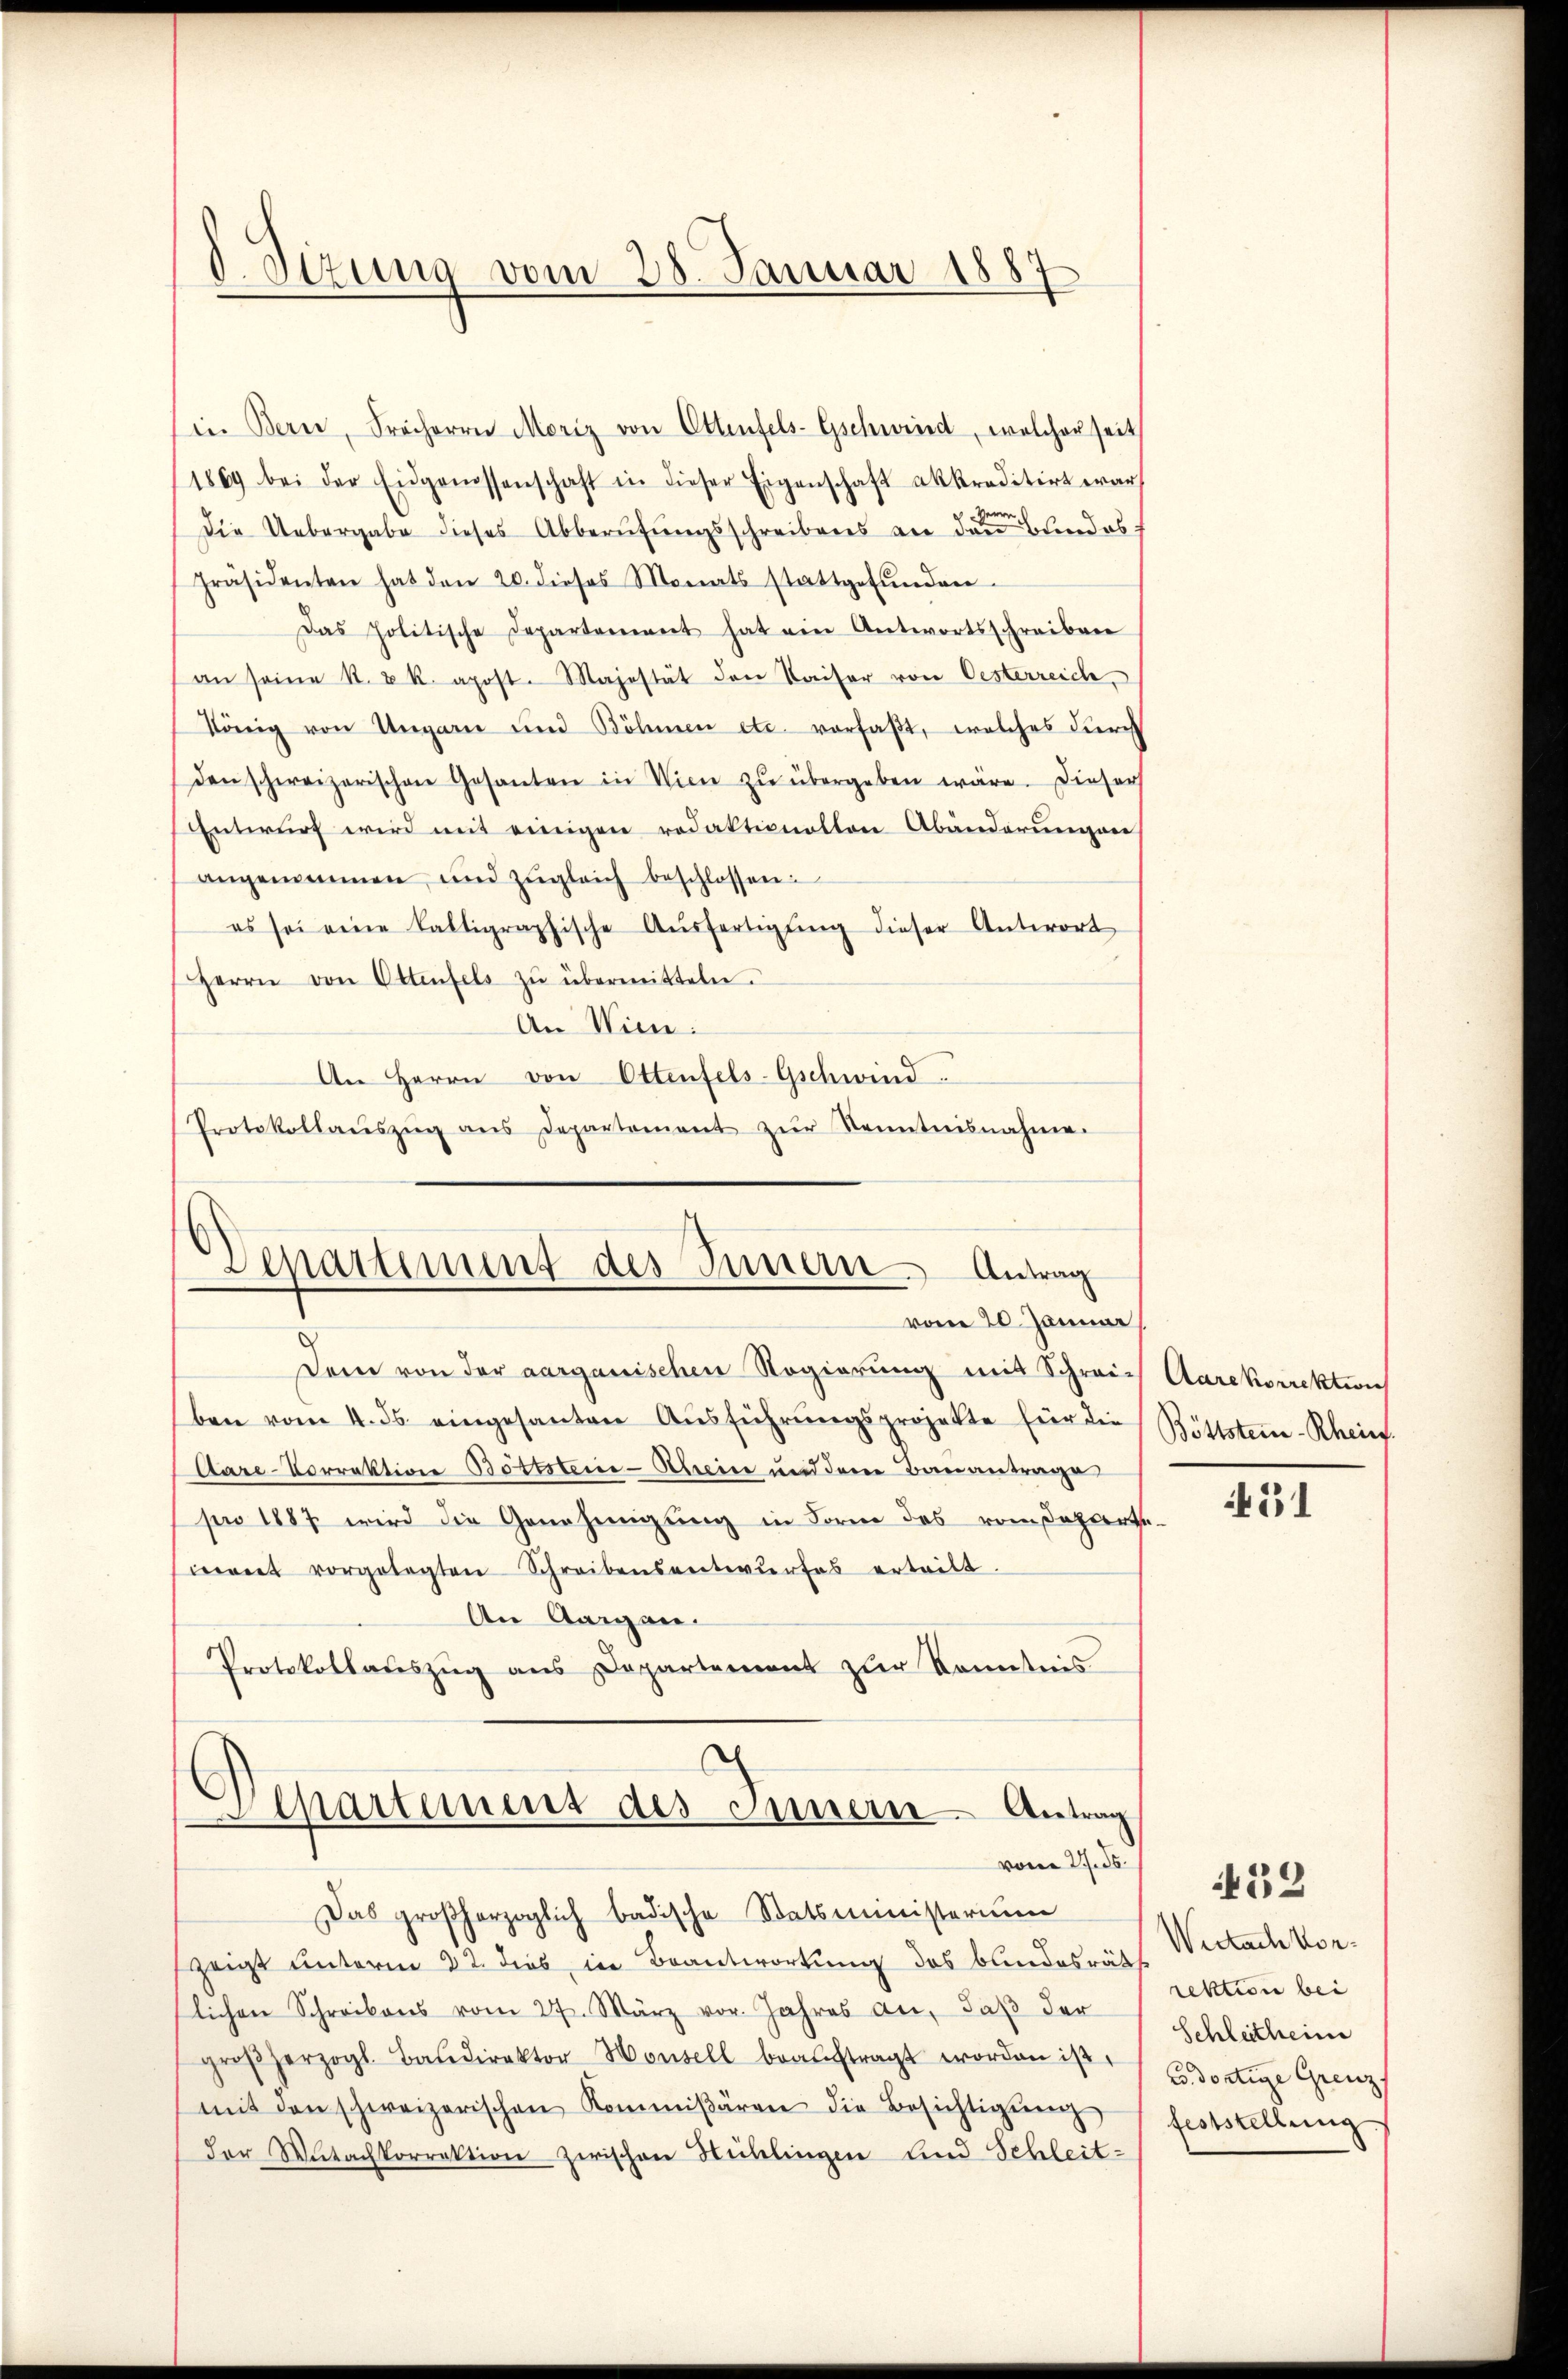
d. Sizung vom 28. Januar 1887

in Bern, Freiherrn Moriz von Ottenfels-Gschweid, welcher seit
1869 bei der Eidgenossenschaft in dieser Eigenschaft akkreditirt war
Herrn
Die Uebergabe dieses Abberŭfŭngsschreibens an den Bundes:
Präsidenten hat den 20. dieses Monats stattgefŭnden.
Das politische Departement hat ein Antwortsschreiben
an seine St. u k. apost. Majestät den Kaiser von Oesterreich
König von Ungarn und Böhmen etc. vorfaßt, welches durch
den schweizerischen Gesanten in Wien zŭ übergeben wäre. Dieser
Entwurf wird mit einigen redaktionalten Abänderumpare
angenommen und zŭgleich beschlossen:
es sei eine faltigraphische Aŭsfertigŭng dieser Antwort
Herrn von Ottenfels zŭ übermitteln.
An Wien:
An Herrn von Ottenfels-Gschwind
Protokollaŭszŭg ans Departement zŭr Kenntnisnahme.

Departement des Innern. Antrag
vom 20. Jänner

Dem von der aarganischen Regierung mit Schreie Aarekorrektion
ben vom 4. ds. eingesanten Aŭsführŭngsprojekte für die
Care-Vorrektion Böttstein-Rheine und dem Bauantrage
pro 1887 wird die Genehmigung in Form des vom dahierte.
iret vorgelegten Schreibensentwŭrfes ertritt.
An Aargau.
Protokollauszug aus Departement zur Kenntnis

Departement des Innern Antrag
vom 2. ds.

Das großherzoglich badische Statsministerium
zeigt unterm 22. dies in Beantwortung des bundesräthe
lichen Schreibens vom 27. März vor. Jahres an, daβ der
großherzogl. Baŭdirektor Hansell beaŭftragt worden ist.
mit den schweizerischen Kommißären die Besichtigŭng
der Wutachkorrektion zwischen Hühlingen und Schleit¬

Böttster-Rhein.

451

Wertach vorrektion bei
Schleitheime
E. dortige Grenz.
feststellung

32